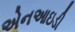
એનઆઇડી